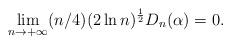
LaTeX: \begin{align*}&\lim_{n\to+\infty}(n/4)(2\ln n)^{\frac{1}{2}}D_n(\alpha)=0.\end{align*}